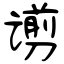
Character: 谫